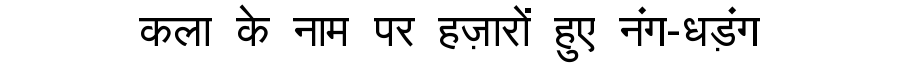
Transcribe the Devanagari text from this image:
कला के नाम पर हज़ारों हुए नंग-धड़ंग